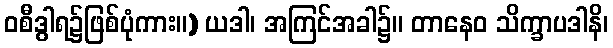
ဝစီဒွါရ၌ဖြစ်ပုံကား။) ယဒါ၊ အကြင်အခါ၌။ တာနေဝ သိက္ခာပဒါနိ၊